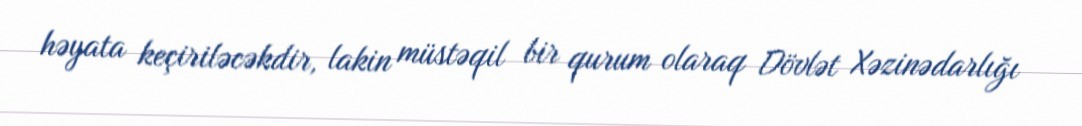
həyata keçiriləcəkdir, lakin müstəqil bir qurum olaraq Dövlət Xəzinədarlığı